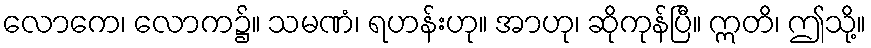
လောကေ၊ လောက၌။ သမဏံ၊ ရဟန်းဟု။ အာဟု၊ ဆိုကုန်ပြီ။ ဣတိ၊ ဤသို့။